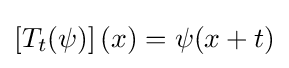
\left[T_{t}(\psi )\right](x)=\psi (x+t)